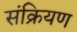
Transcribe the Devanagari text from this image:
संक्रियण